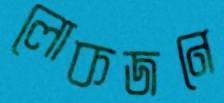
লোকজনে